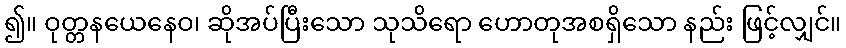
၍။ ဝုတ္တနယေနေဝ၊ ဆိုအပ်ပြီးသော သုသိရော ဟောတုအစရှိသော နည်း ဖြင့်လျှင်။